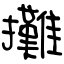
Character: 攤